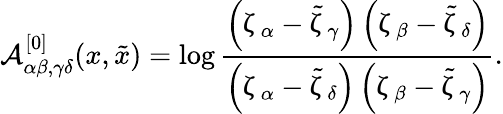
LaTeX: {\mathcal A}_{\alpha\beta,\gamma\delta}^{[0]}(x,\tilde{x})=\log\frac{\left(\upzeta_{\alpha}-\tilde{\upzeta}_{\gamma}\right)\left(\upzeta_{\beta}-\tilde{\upzeta}_{\delta}\right)}{\left(\upzeta_{\alpha}-\tilde{\upzeta}_{\delta}\right)\left(\upzeta_{\beta}-\tilde{\upzeta}_{\gamma}\right)}.